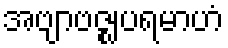
အဗျာဗဇ္ဈပရမာဟံ